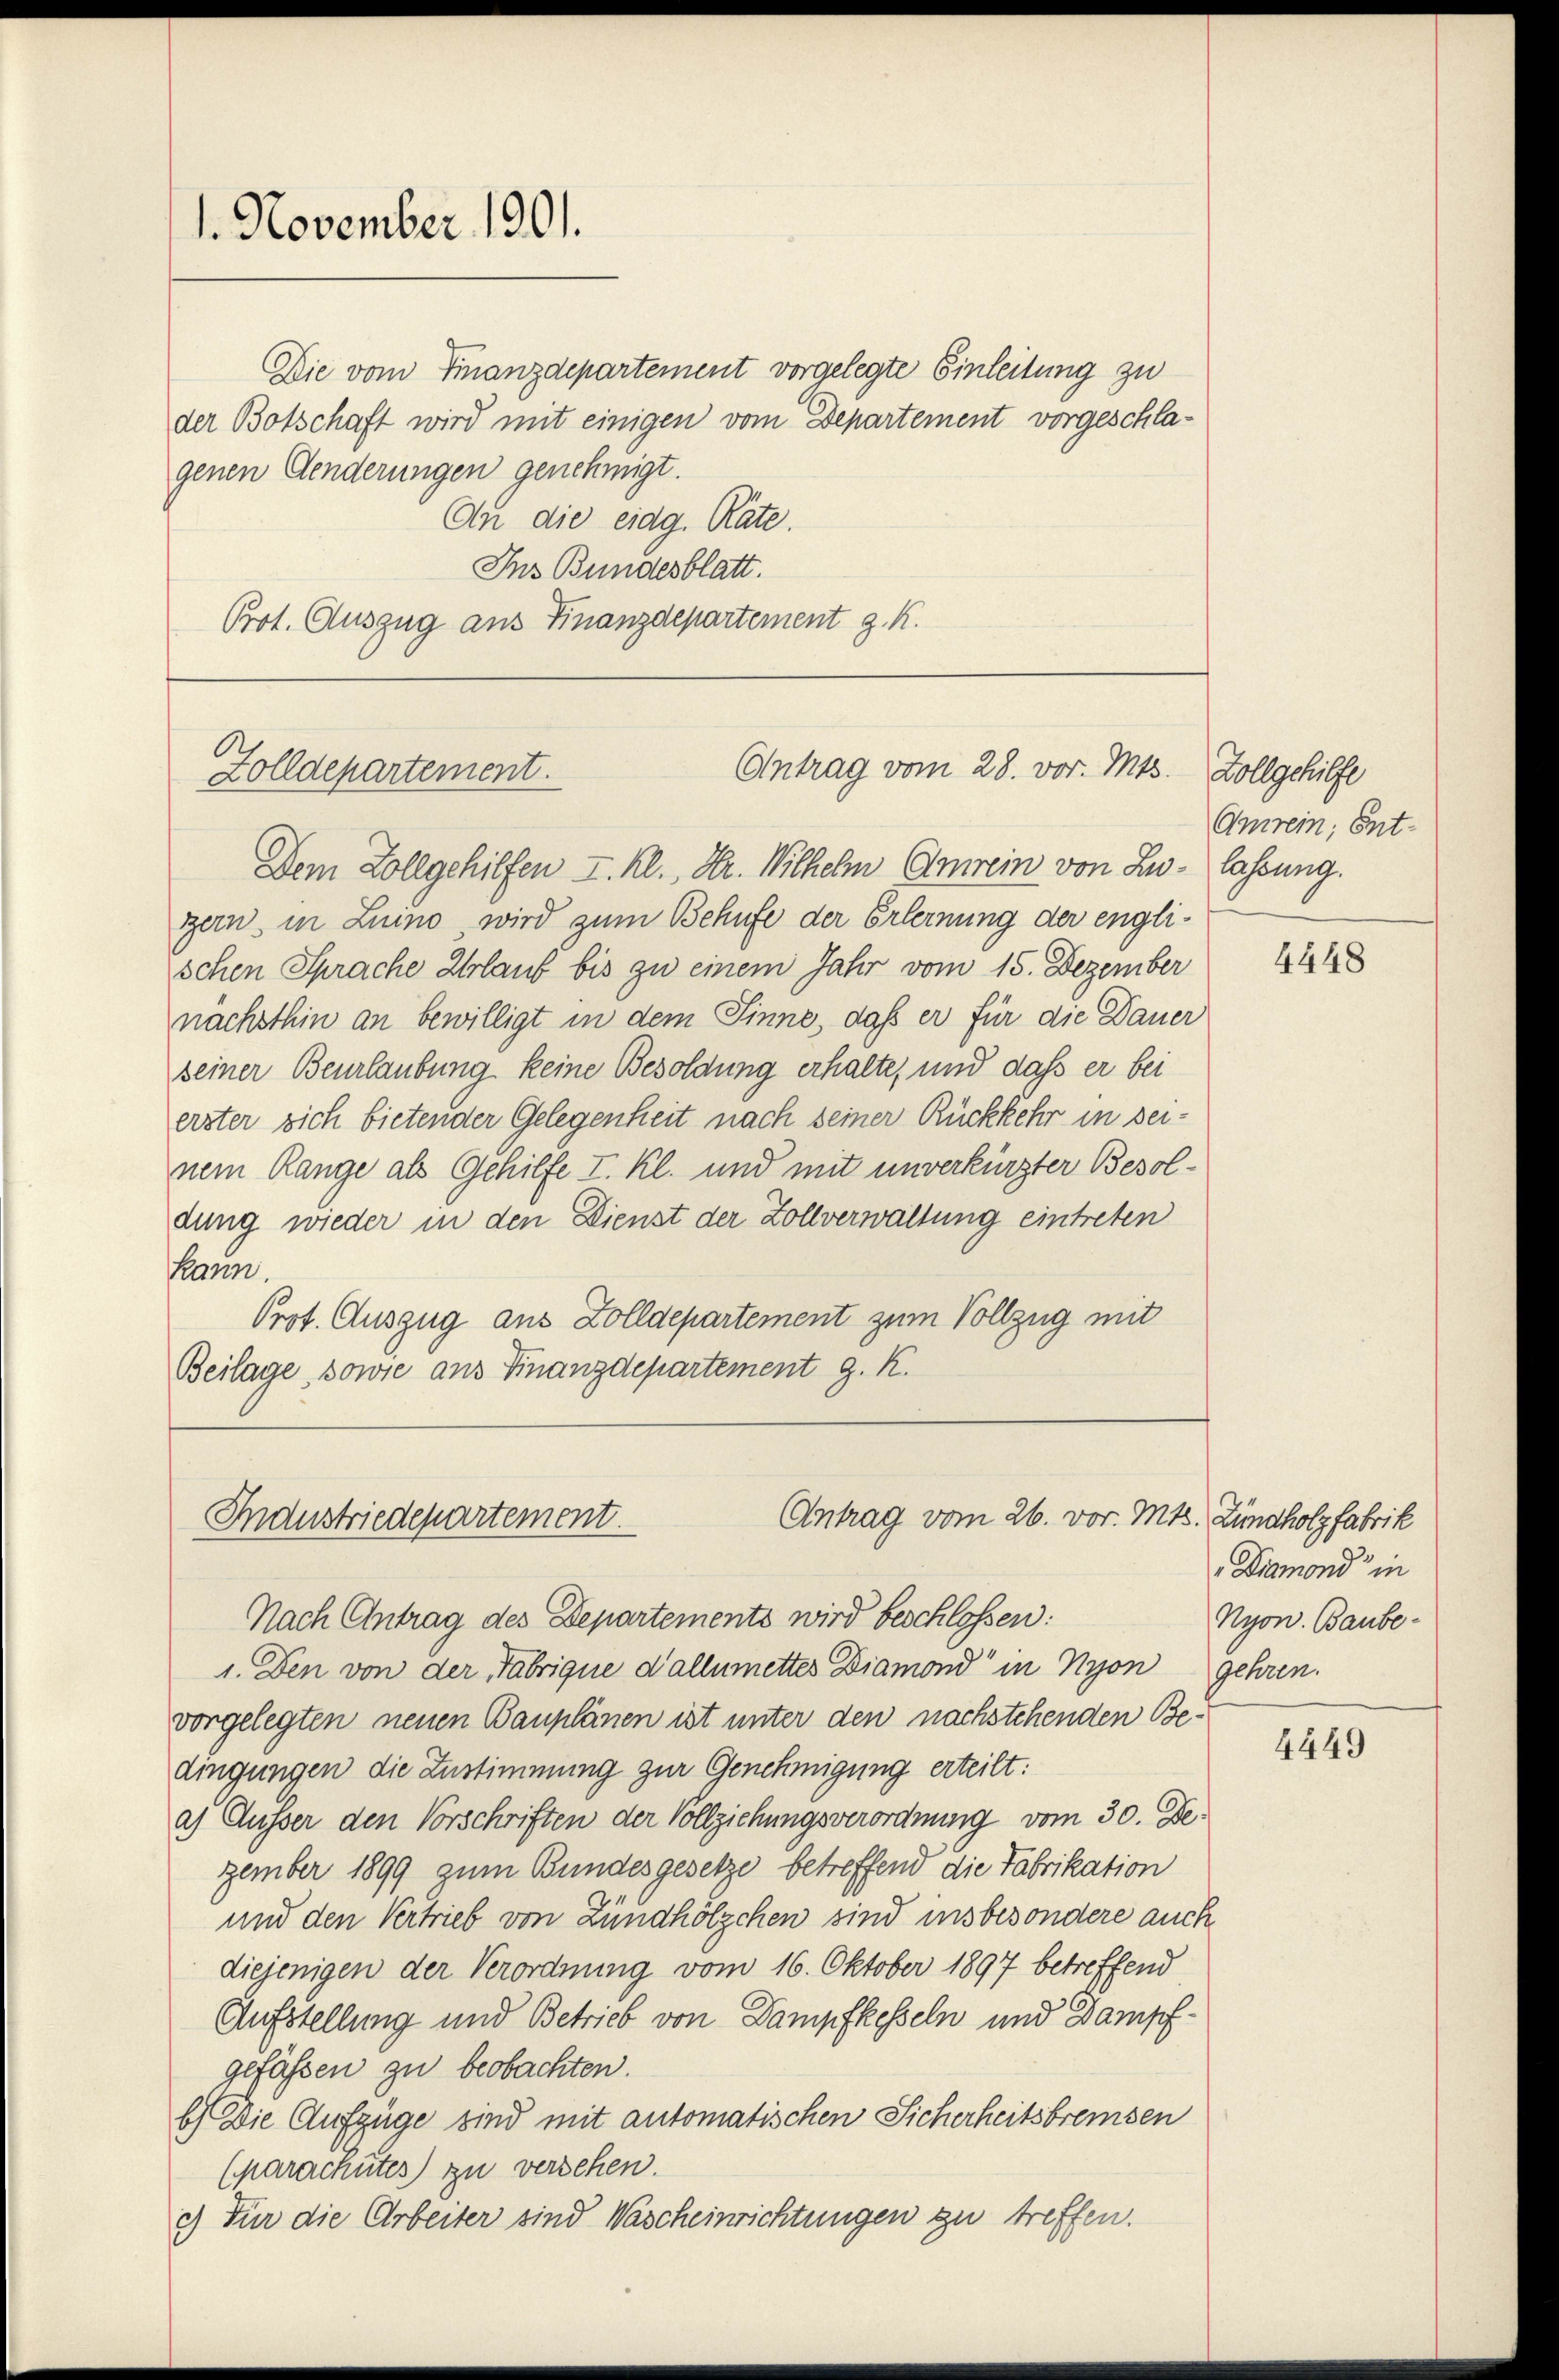
Die vom Finanzdepartement vorgelegte Einleitung zu
der Botschaft wird mit einigen vom Departement vorgeschlagenen Aenderungen genehmigt.
An die eidg. Räte.
Ins Bundesblatt.
Prot. Auszug aus Finanzdepartement z. K.

1. November 1901.

Antrag vom 28. vor. Mts.
Zolldepartement.

Dem Zollgehilfen I. Kl. Hr. Wilhelm Omrein von Lu- lassung.
zern in Luino wird zum Behufe der Erlernung der engli-
schen Sprache Urlaub bis zu einem Jahr vom 15. Dezember
nachsthin an bewilligt in dem Sinne, daß er für die Dauer
seiner Beurlaubung keine Besoldung erhalte, und dass er bei
erster sich bietender Gelegenheit nach seiner Rückkehr in seinem Range als Gehilfe I. Kl. und mit unverkürzter Besoldung wieder in den Dienst der Zollverwaltung eintreten
kann.
Prof. Auszug aus Zolldepartement zum Vollzug mit
Beilage, sowie aus Finanzdepartement g. K.

Antrag vom 26. vor. Mts. Zündholzfabrik
Industriedepartement.
Nach Antrag des Departements wird beschlossen:

1. Den von der Fabrique d’allumettes Diamond“ in Nyon
vorgelegten neuen Bauplänen ist unter den nachstehenden Be-
dingungen die Zustimmung zur Genehmigung erteilt:
a) Äusser den Vorschriften der Vollziehungsverordnung vom 30. Dezember 1899 zum Bundesgesetze betreffend die Fabrikation
und den Vertrieb von Zündhölzchen sind insbesondere auch
diejenigen der Verordnung vom 16. Oktober 1897 betreffend
Aufstellung und Betrieb von Dampfkesseln und Dampfgefässen zu beobachten.
b) Die Aufzüge sind mit automatischen Sicherheitsbremsen
(parachtes) zu versehen.
c.) Für die Arbeiter sind Wascheinrichtungen zu treffen.

Zollgehilfe
Amrein, Ent¬

4448

Diamond in
Nyon. Baube-
gehren.

4449